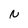
Character: N